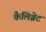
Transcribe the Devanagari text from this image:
कैलिब्रेट